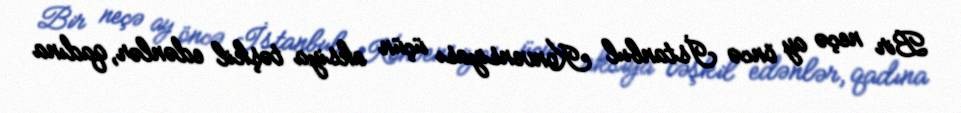
Bir neçə ay öncə İstanbul Konvensiyası üçün aksiya təşkil edənlər, qadına